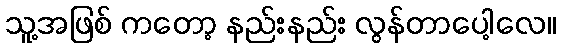
သူ့အဖြစ် ကတော့ နည်းနည်း လွန်တာပေါ့လေ။